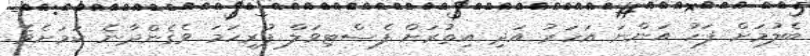
ބެލުމަށް ފަހު އަންނަ އަހަރު އަދި އިތުރަށް ފެސްޓިވަލް ފުރިހަމަ ވެގެންދާނެ ކަމަށެވެ.